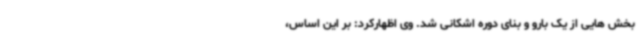
بخش هایی از یک بارو و بنای دوره اشکانی شد. وی اظهارکرد: بر این اساس،